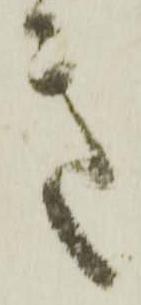
き